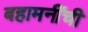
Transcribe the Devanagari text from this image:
बहामनींची